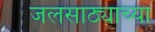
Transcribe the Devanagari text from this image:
जलसाठ्याच्या